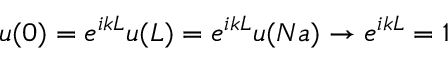
u ( 0 ) = e ^ { i k L } u ( L ) = e ^ { i k L } u ( N a ) \to e ^ { i k L } = 1